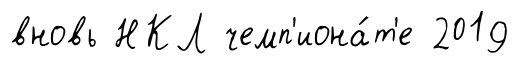
вновь НКЛ чемп'иона́т'е 2019